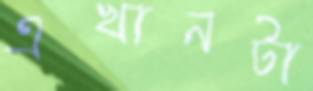
এখানটা